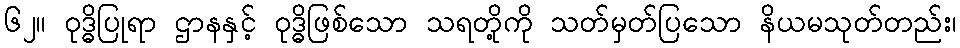
၆၂။ ဝုဒ္ဓိပြုရာ ဌာနနှင့် ဝုဒ္ဓိဖြစ်သော သရတို့ကို သတ်မှတ်ပြသော နိယမသုတ်တည်း၊